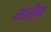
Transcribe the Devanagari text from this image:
सारीन